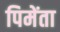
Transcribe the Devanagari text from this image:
पिमेंता